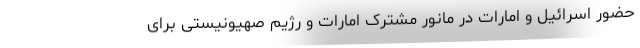
حضور اسرائیل و امارات در مانور مشترک امارات و رژیم صهیونیستی برای